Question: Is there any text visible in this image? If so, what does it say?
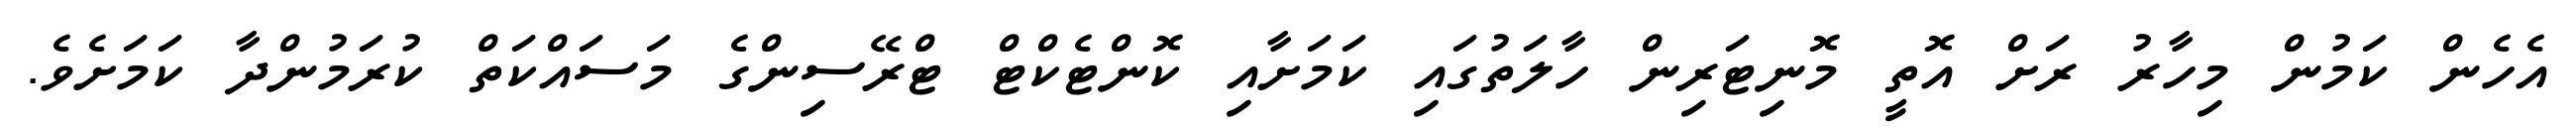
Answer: އެހެން ކަމުން މިހާރު ރަށް އޮތީ މޮނިޓަރިން ހާލަތުގައި ކަމަށާއި ކޮންޓެކްޓް ޓްރޭސިންގެ މަސައްކަތް ކުރަމުންދާ ކަމަށެވެ.